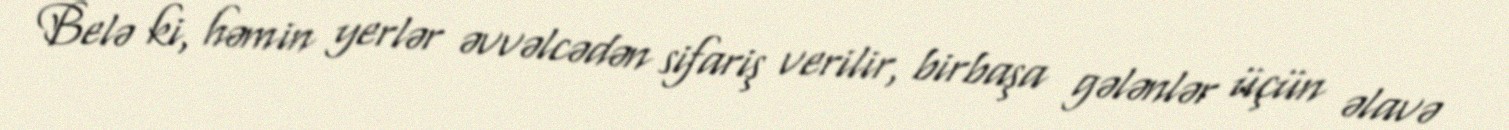
Belə ki, həmin yerlər əvvəlcədən sifariş verilir, birbaşa gələnlər üçün əlavə